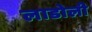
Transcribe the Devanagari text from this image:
लाडोली